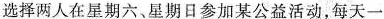
选择两人在星期六、星期日参加某公益活动，每天一